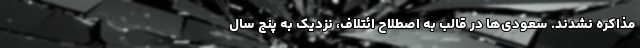
مذاکره نشدند. سعودی‌ها در قالب به اصطلاح ائتلاف، نزدیک به پنج سال